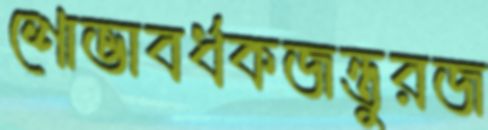
শোভাবর্ধকজন্তুরজ